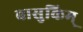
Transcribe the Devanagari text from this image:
वासुकिम्